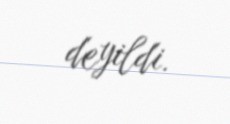
deyildi.